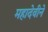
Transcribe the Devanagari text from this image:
महादेवीने